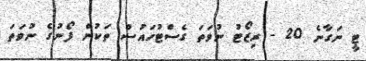
ޓީ ނަގާނެ 20 - ރިޒޯޓު ނުވަތަ ގެސްޓުހައުސް ތަކުން ފޯނުގެ ނުވަތަ